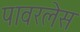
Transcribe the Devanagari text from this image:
पावरलेस